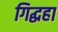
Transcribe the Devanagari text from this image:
गिद्धहा